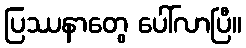
ပြဿနာတွေ ပေါ်လာပြီ။